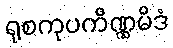
ရုစကုပကိဏ္ဏမိဒံ